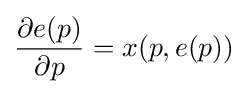
{\frac {\partial e(p)}{\partial p}}=x(p,e(p))